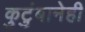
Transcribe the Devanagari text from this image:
कुटुंबानेही